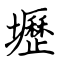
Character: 壢